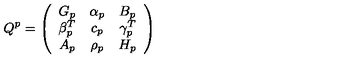
Q ^ { p } = \left( \begin{array} { c c c } { G _ { p } } & { \alpha _ { p } } & { B _ { p } } \\ { \beta _ { p } ^ { T } } & { c _ { p } } & { \gamma _ { p } ^ { T } } \\ { A _ { p } } & { \rho _ { p } } & { H _ { p } } \\ \end{array} \right)